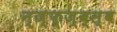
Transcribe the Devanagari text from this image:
न्ज्फ्ज्ब्स्ब